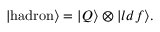
| \mathrm { h a d r o n } \rangle = | Q \rangle \otimes | { l d f } \rangle .